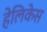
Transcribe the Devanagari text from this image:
हेलिकेस